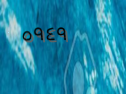
٥٩٤٩